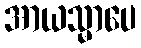
အာယသ္မာပေ